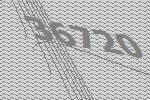
36720